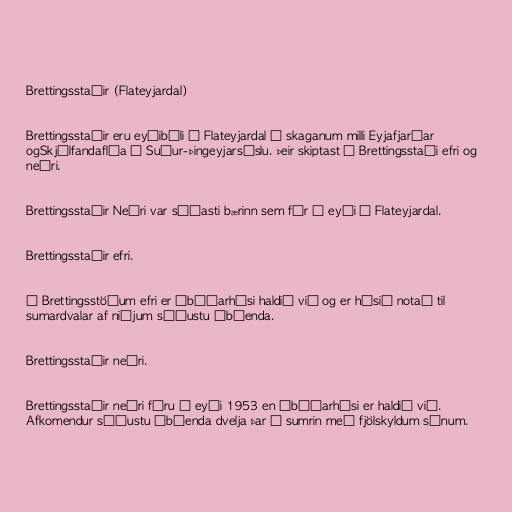
Brettingsstaðir (Flateyjardal)

Brettingsstaðir eru eyðibýli á Flateyjardal á skaganum milli Eyjafjarðar
ogSkjálfandaflóa í Suður-Þingeyjarsýslu. Þeir skiptast í Brettingsstaði efri og
neðri.

Brettingsstaðir Neðri var síðasti bærinn sem fór í eyði í Flateyjardal.

Brettingsstaðir efri.

Á Brettingsstöðum efri er íbúðarhúsi haldið við og er húsið notað til
sumardvalar af niðjum síðustu ábúenda.

Brettingsstaðir neðri.

Brettingsstaðir neðri fóru í eyði 1953 en íbúðarhúsi er haldið við.
Afkomendur síðustu ábúenda dvelja þar á sumrin með fjölskyldum sínum.